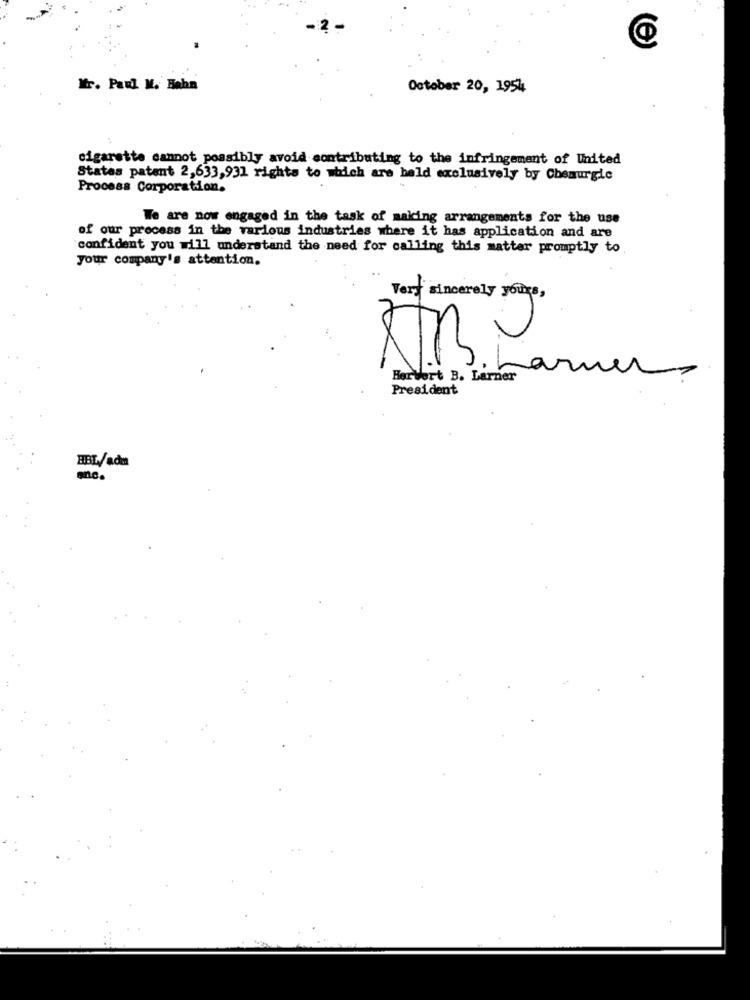
Mr. Paul M. Bahn
October 20, 1954
cigarette cannot possibly avoid contributing to the infringement of United
States patent 2,633,931 rights to which are held exclusively by Chemurgie
Process Corporation.
We are now engaged in the task of making arrangements for the use
of our process in the various industries where it has application and are
confident you will understand the need for calling this matter promptly to.
your company's attention.
Very sincerely yours,
Herbert B. Larner
President
BBL/adm
enc.